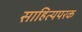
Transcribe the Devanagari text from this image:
साहित्यपरक